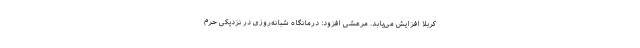
کربلا افزایش می‌یابد. مرعشی افزود: درمانگاه شبانه‌روزی در نزدیکی حرم